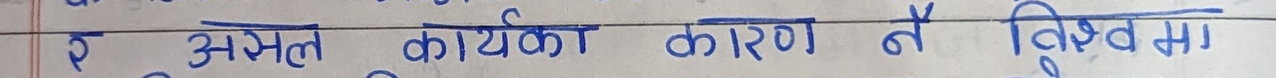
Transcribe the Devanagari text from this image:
र असफल कार्यका कारण नै विश्व मा